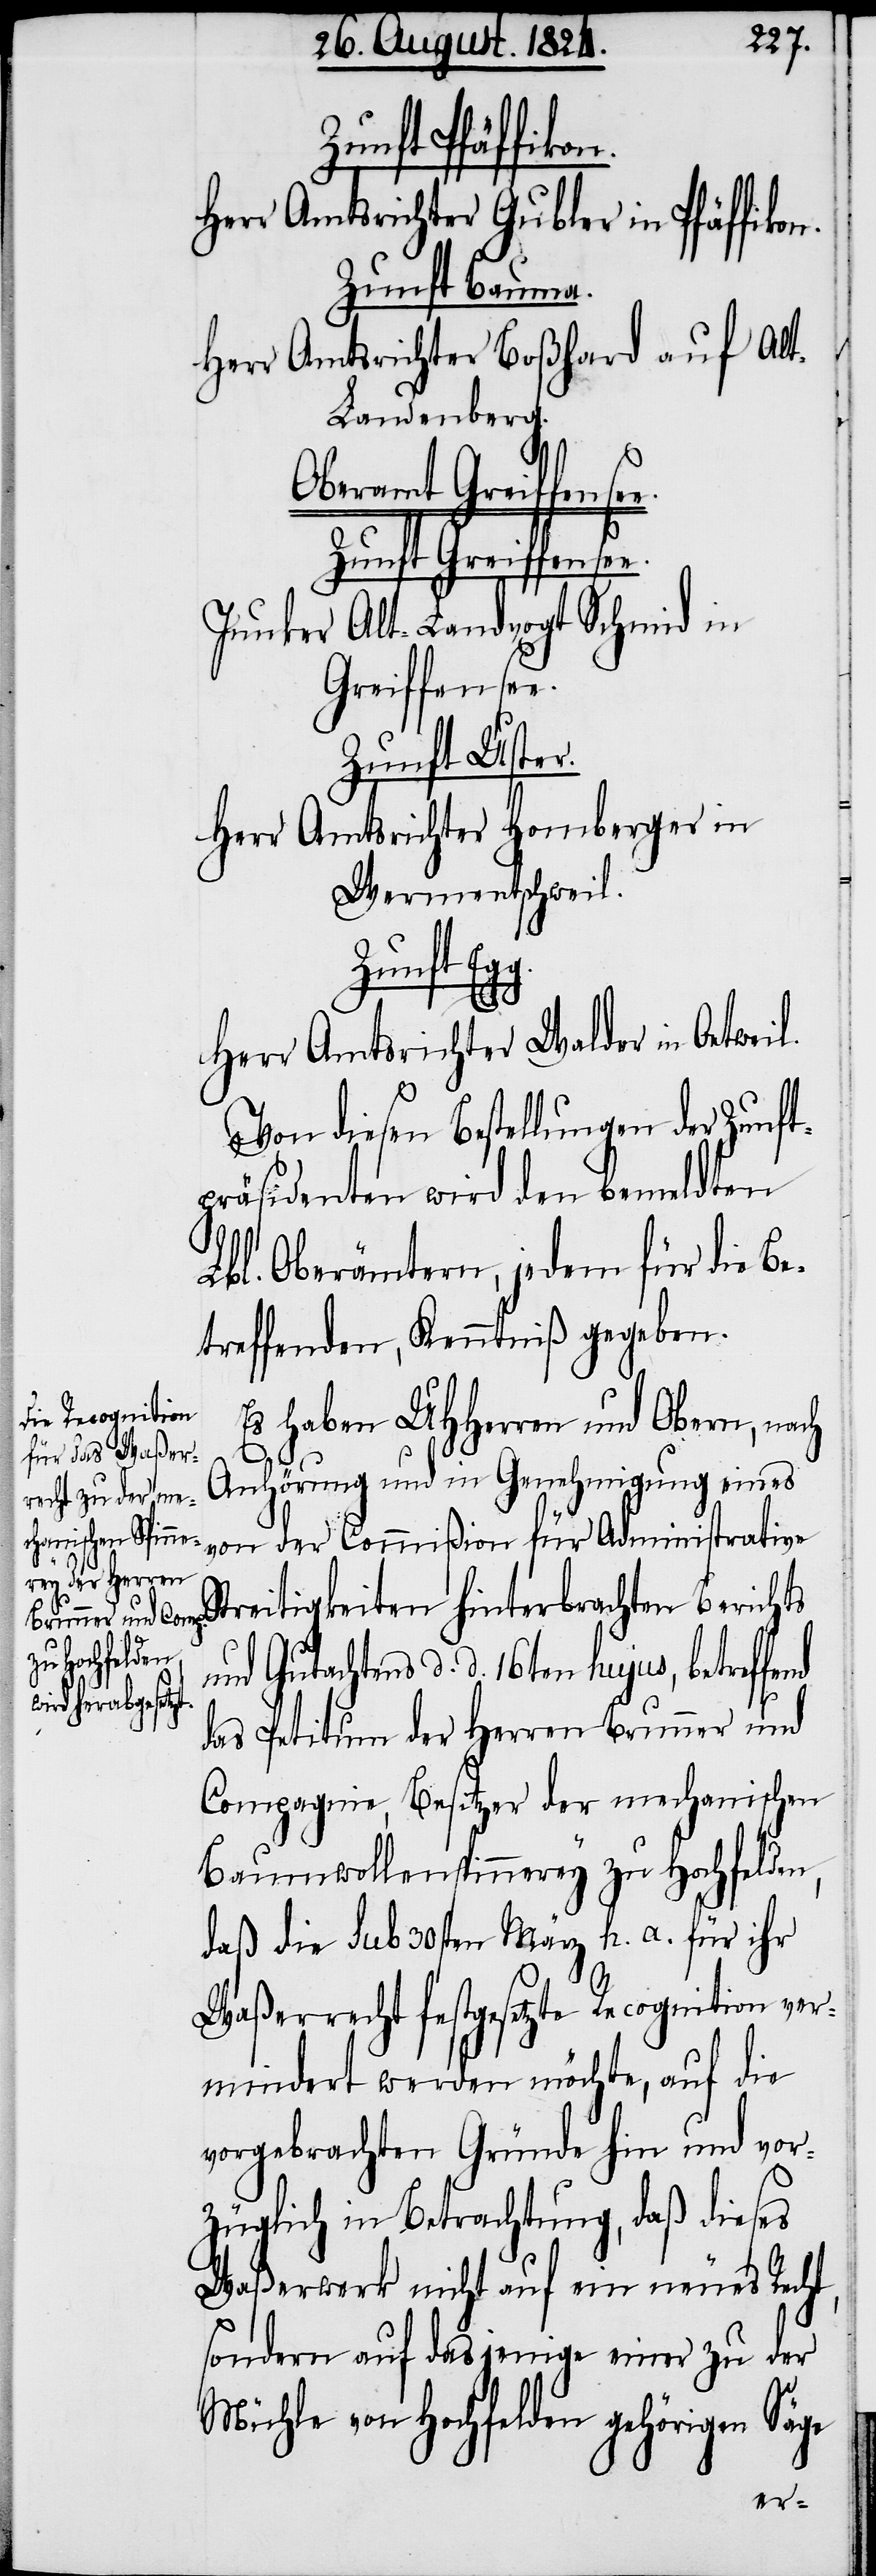
t,

Zunft Pfäffikon.
Herr Amtsrichter Gubler in Pfäffikon.
Zunft Bauma.
Herr Amtsrichter Boßhard auf Al¬
t-Landenberg.
Zunft Greiffensee.
Alt-Landvogt Schmid in
Junker
Greiffensee.
Zunft Uster.
Herr Amtsrichter Homberger in
Wermentschweil.
Zunft Eg¬
Herr Amtsrichter Walder in Oetweil.
Von diesen Bestellungen der Zunft¬
präsidenten wird den bemeldten
Lbl. Oberämtern, jedem für die Be¬
treffenden, Kenntniß gegeben.
Es haben UHHerren und Obern, nach
Anhörung und in Genehmigung eines
von der Commißion für Administrative
Streitigkeiten hinterbrachten Berichts
und Gutachtens d. d. 16ten hujus, betreffe¬
das Petitum der Herren Brunner und
Compagnie, Besitzer der mechanischen
Baumwollenspinnerey zu Hochfelden,
daß die sub. 30sten März h. a. für ihr
Waßerrecht festgesetzte Recognition ver¬
mindert werden möchte, auf die
vorgebrachten Gründe hin und vor¬
züglich in Betrachtung, daß dieses
Waßerwerk nicht auf ein neues Rech¬
sondern auf dasjenige einer zu der
Mühle von Hochfelden gehörigen Säge